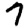
Digit: 7